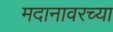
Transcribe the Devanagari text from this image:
मदानावरच्या